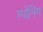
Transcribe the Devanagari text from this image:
स्पौनिंग